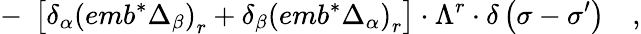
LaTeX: -\; \left[\delta_{\alpha}\left(emb^{*}\Delta_{\beta}\right)_{r}+\delta_{\beta}\left(emb^{*}\Delta_{\alpha}\right)_{r}\right]\cdot\Lambda^{r}\cdot\delta\left(\sigma-\sigma^{\prime}\right)\quad,